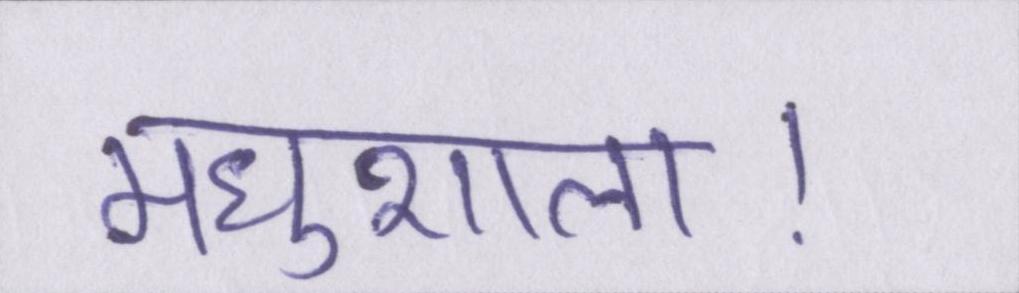
मधुशाला।